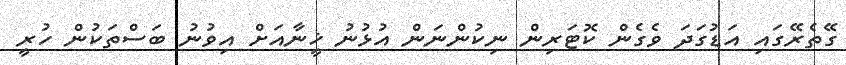
ގޭތެރޭގައި އަޑުގަދަ ވެގެން ކޮޓަރިން ނިކުންނަން އުޅުނު ޚީނާއަށް އިވުނު ބަސްތަކުން ހުރީ